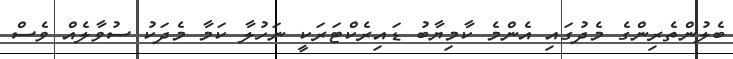
ބެލުންތެރިންގެ މެދުގައި އެންމެ ކާމިޔާބު ޑައިރެކްޓަރަކީ ނަހުލާ ކަމާ މެދަކު ސުވާލެއް ވެސް